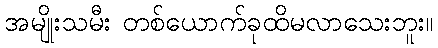
အမျိုးသမီး တစ်ယောက်ခုထိမလာသေးဘူး။